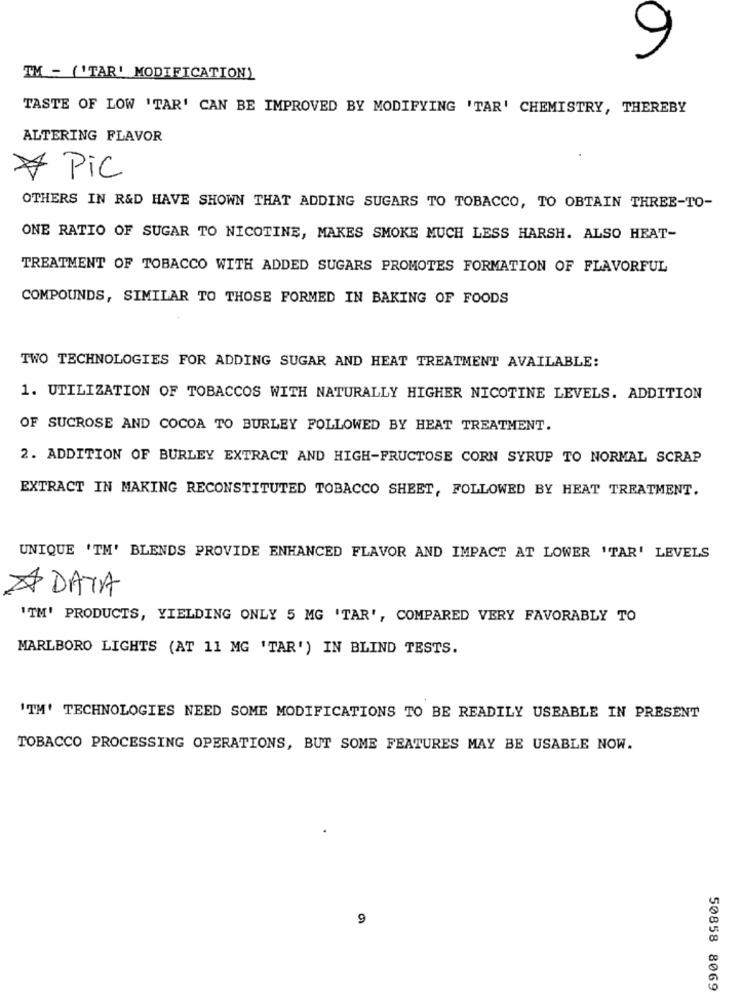
9
TM - ('TAR' MODIFICATION)
TASTE OF LOW 'TAR' CAN BE IMPROVED BY MODIFYING 'TAR' CHEMISTRY, THEREBY
ALTERING FLAVOR
* Pic
OTHERS IN R&D HAVE SHOWN THAT ADDING SUGARS TO TOBACCO, TO OBTAIN THREE-TO-
ONE RATIO OF SUGAR TO NICOTINE, MAKES SMOKE MUCH LESS HARSH. ALSO HEAT-
TREATMENT OF TOBACCO WITH ADDED SUGARS PROMOTES FORMATION OF FLAVORFUL
COMPOUNDS, SIMILAR TO THOSE FORMED IN BAKING OF FOODS
TWO TECHNOLOGIES FOR ADDING SUGAR AND HEAT TREATMENT AVAILABLE:
1. UTILIZATION OF TOBACCOS WITH NATURALLY HIGHER NICOTINE LEVELS. ADDITION
OF SUCROSE AND COCOA TO BURLEY FOLLOWED BY HEAT TREATMENT.
2. ADDITION OF BURLEY EXTRACT AND HIGH-FRUCTOSE CORN SYRUP TO NORMAL SCRAP
EXTRACT IN MAKING RECONSTITUTED TOBACCO SHEET, FOLLOWED BY HEAT TREATMENT.
UNIQUE 'TM' BLENDS PROVIDE ENHANCED FLAVOR AND IMPACT AT LOWER 'TAR' LEVELS
A DATA
'TM' PRODUCTS, YIELDING ONLY 5 MG 'TAR', COMPARED VERY FAVORABLY TO
MARLBORO LIGHTS (AT 11 MG 'TAR') IN BLIND TESTS.
ITM' TECHNOLOGIES NEED SOME MODIFICATIONS TO BE READILY USEABLE IN PRESENT
TOBACCO PROCESSING OPERATIONS, BUT SOME FEATURES MAY BE USABLE NOW.
9
50858 8069